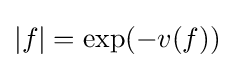
|f|=\exp(-v(f))